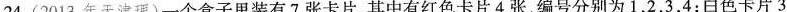
24.(2013年天津理)一个盒子里装有7张卡片，其中有红色卡片4张，编号分别为1，2，3，4；白色卡片3